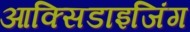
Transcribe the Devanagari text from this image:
आक्सिडाइजिंग